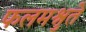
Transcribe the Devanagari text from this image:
फलमश्नुते